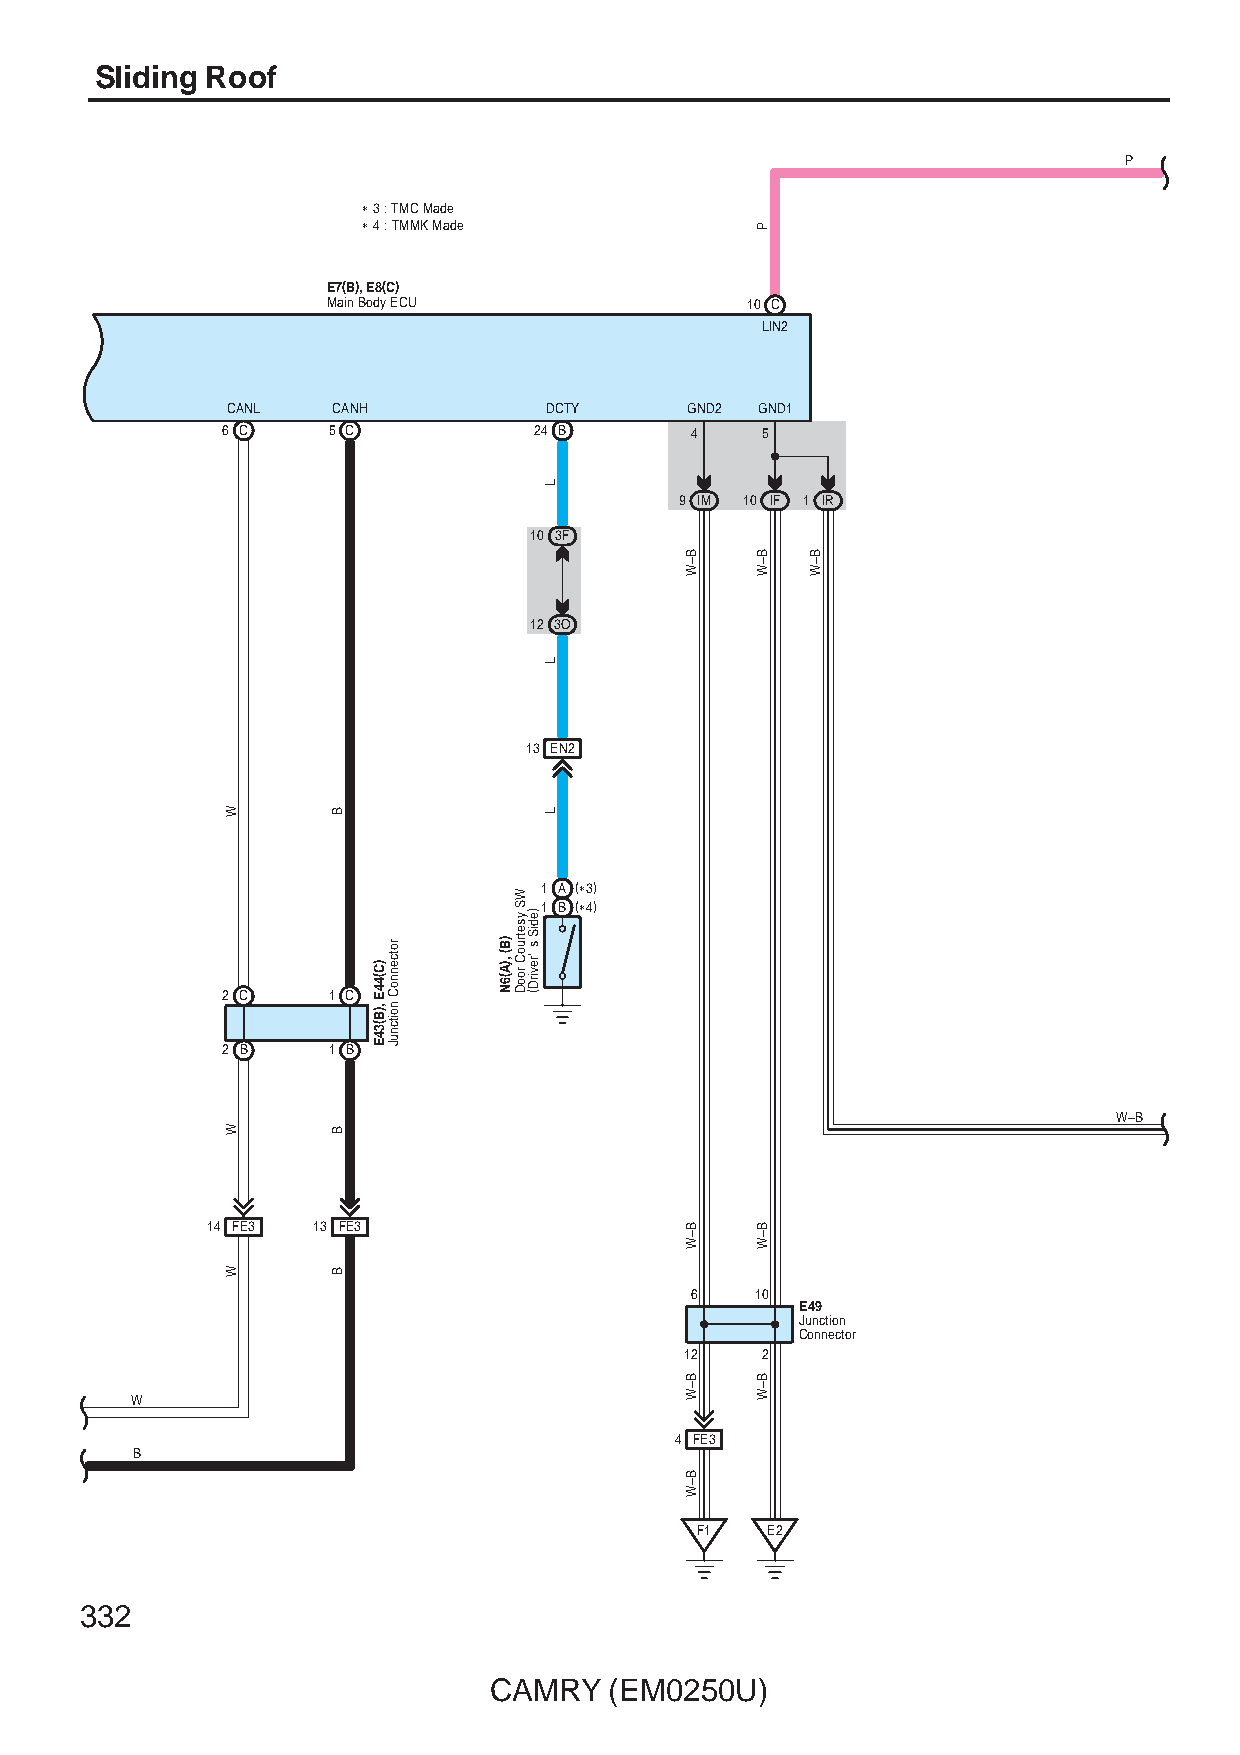
Sliding Roof
 P
 ∗ 3 : TMC Made
 ∗ 4 : TMMK Made
 E7(B), E8(C)
 Main Body ECU              10 C
 LIN2
 CANL   CANH          DCTY     GND2 GND1
 6 C    5 C          24 B       4   5
 9 IM 10 IF 1 IR
 10 3F
 12 3O
 13 EN2
 1 A (∗3)
 1 B (∗4)
 2 C    1 C
 2 B    1 B
 W–B
 14 FE3 13 FE3
 6   10
 E49
 Junction
 Connector
 12   2
 W
 4 FE3
 B
 F1   E2
 332
 CAMRY   (EM0250U)
 W
 W
 W
 B
 B
 B
 )C(44E
 ,)B(34E
 rotcennoC
 noitcnuJ
 )B(
 ,)A(6N
 WS
 ysetruoC
 rooD
 )ediS
 s
 'revirD(
 L
 L
 L
 B–W
 B–W
 B–W
 B–W
 P
 B–W
 B–W
 B–W
 B–W